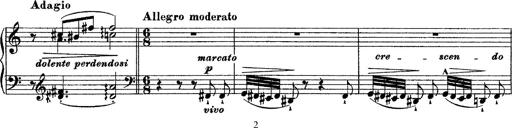
Title: Grande fantasie di bravura sur La clochette
Composer: Franz Liszt
Key: A minor